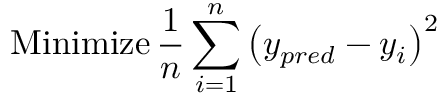
\operatorname { M i n i m i z e } \frac { 1 } { n } \sum _ { i = 1 } ^ { n } \left( y _ { p r e d } - y _ { i } \right) ^ { 2 }